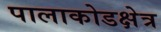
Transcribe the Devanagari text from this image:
पालाकोडक्षेत्र